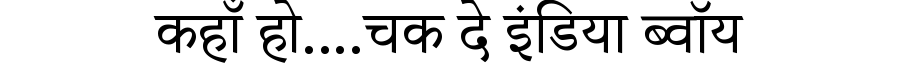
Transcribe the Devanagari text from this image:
कहाँ हो....चक दे इंडिया ब्वॉय